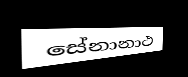
සේනානාථ